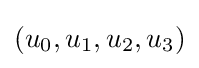
(u_{0},u_{1},u_{2},u_{3})